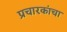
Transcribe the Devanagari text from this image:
प्रचारकांचा